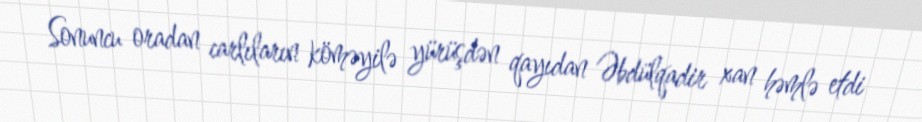
Sonuncu oradan carlıların köməyilə yürüşdən qayıdan Əbdülqadir xan həmlə etdi